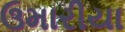
ઉમારીયા